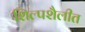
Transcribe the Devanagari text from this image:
शिल्पशैलीत